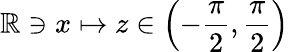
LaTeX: \mathbb{R}\ni x\mapsto z\in\left(-\frac{\pi}{2},\frac{\pi}{2}\right)